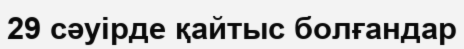
29 сәуірде қайтыс болғандар